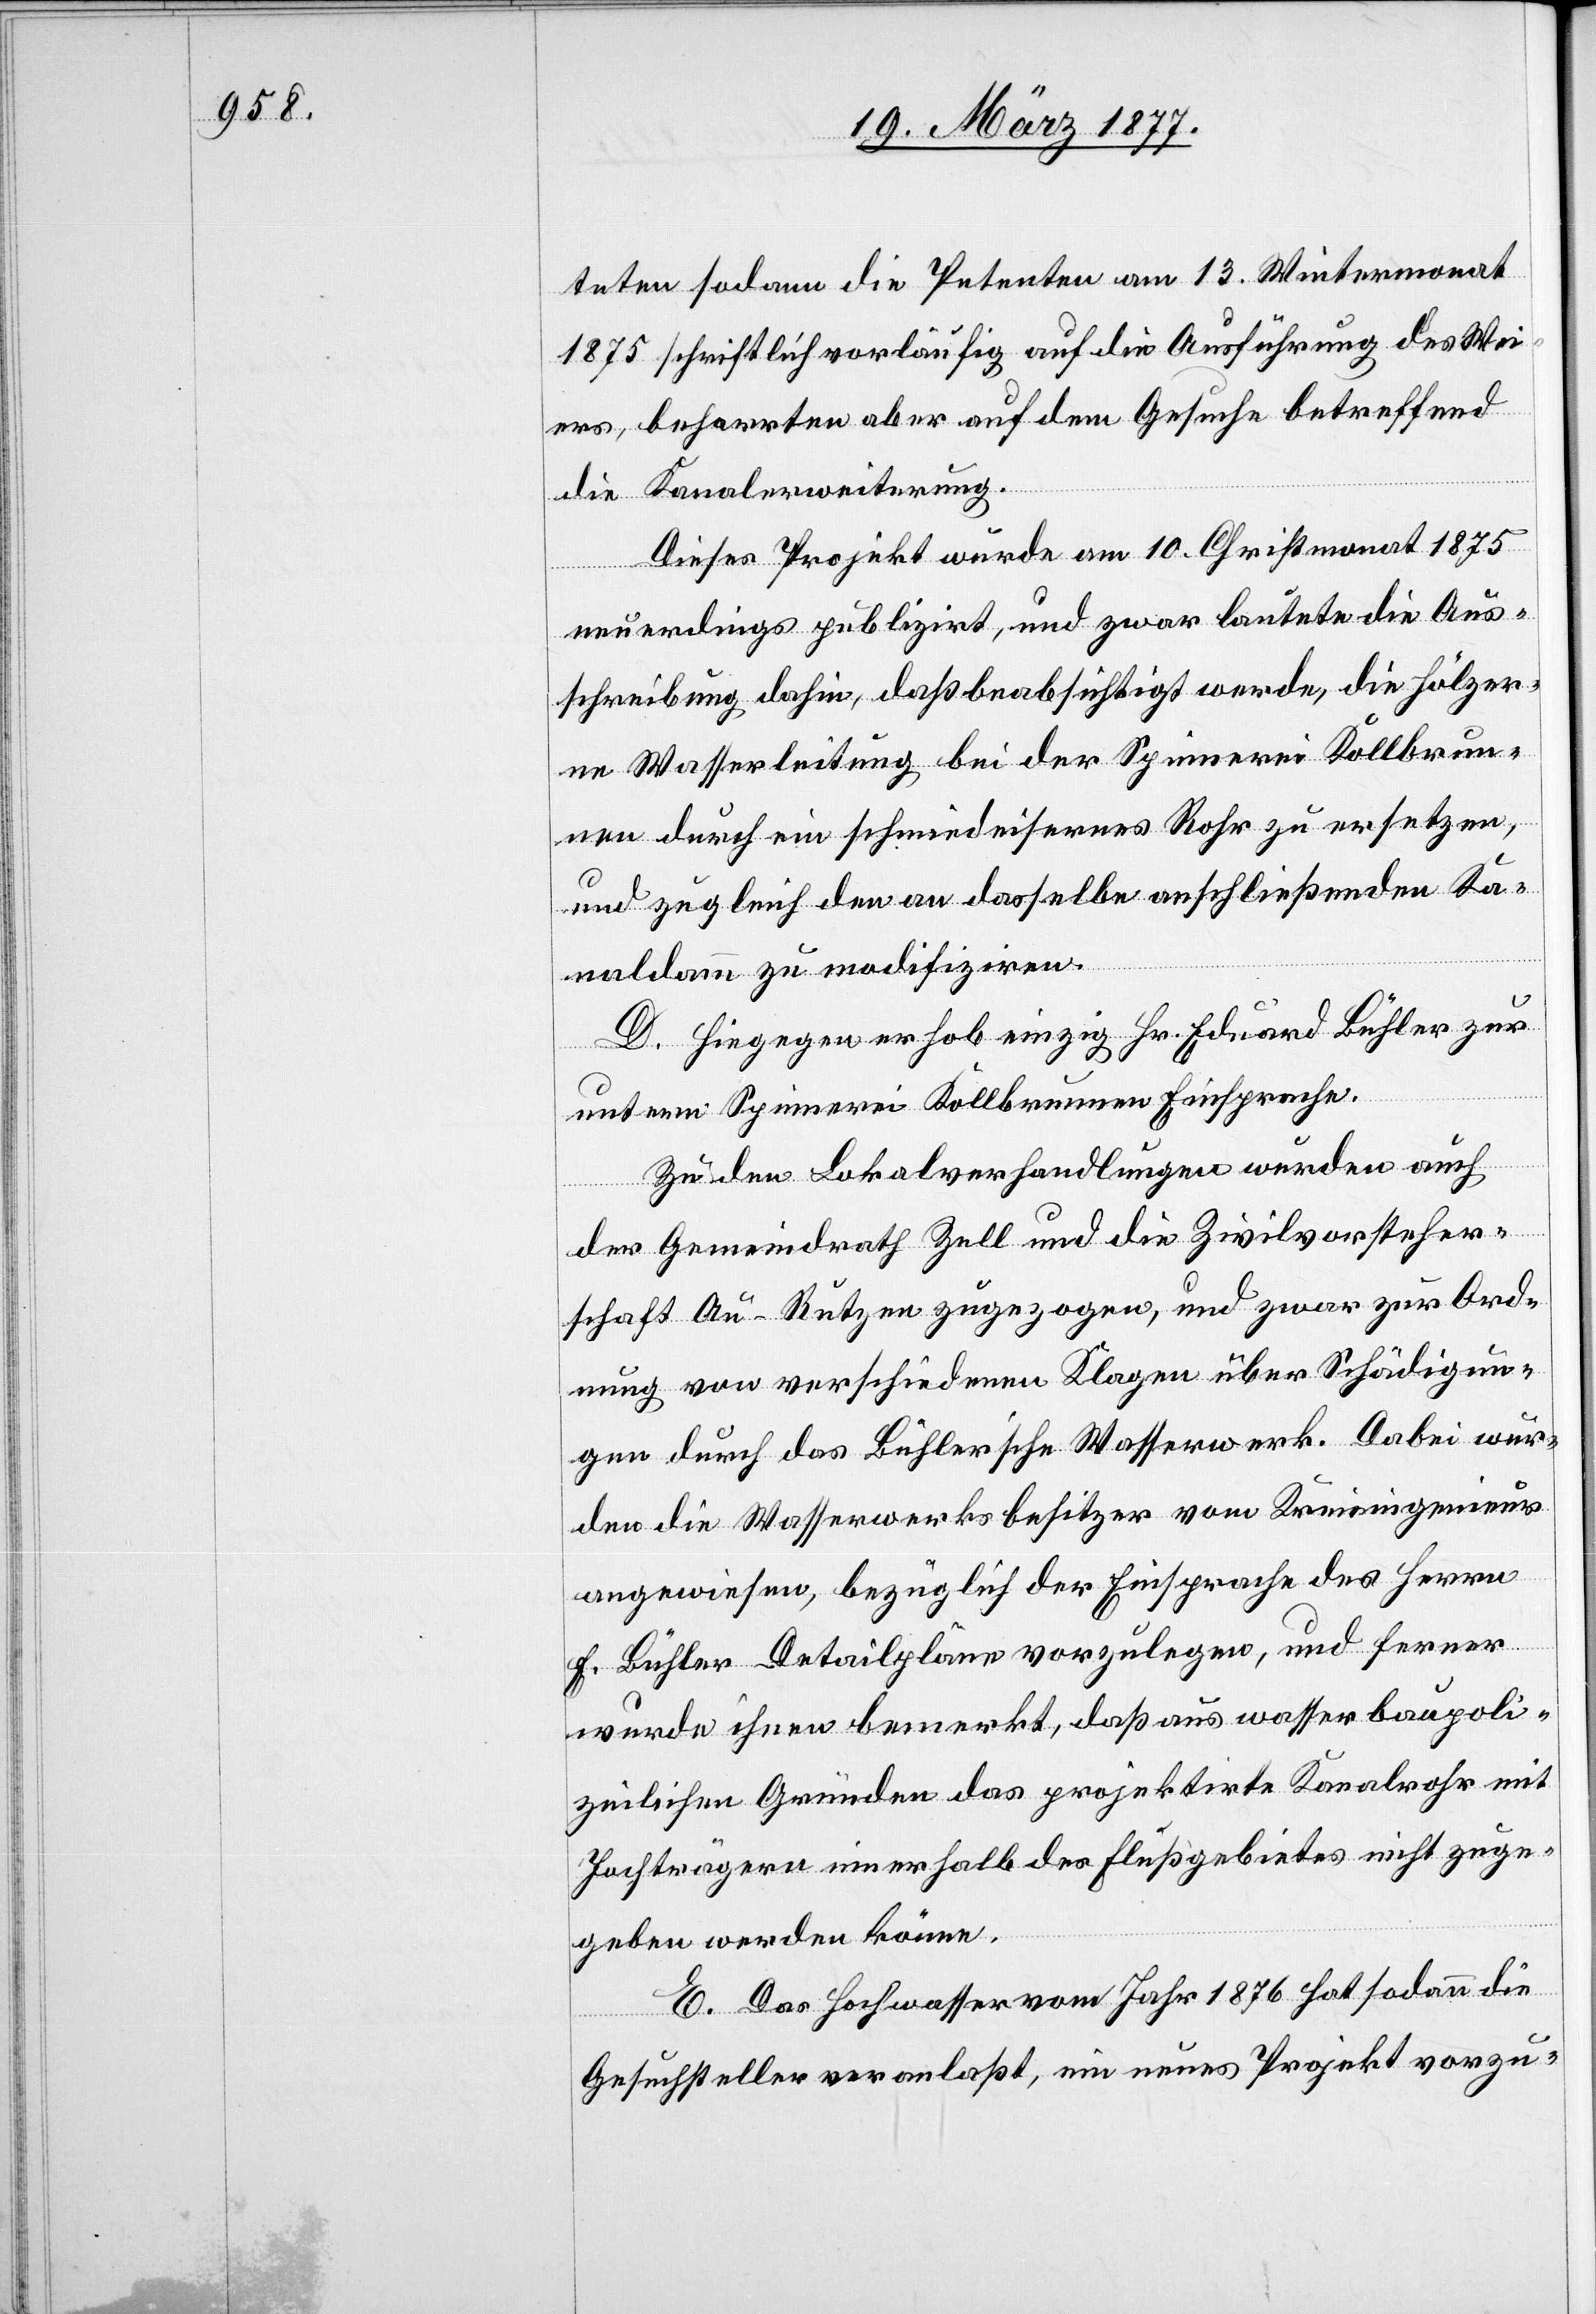
teten sodann die Petenten am 13. Wintermonat
1875 schriftlich vorläufig auf die Ausführung des Wei¬
ers, beharrten aber auf dem Gesuche betreffend
die Kanalerweiterung.
Dieses Projekt wurde am 10. Christmonat 1875
neuerdings publizirt, und zwar lautete die Aus¬
schreibung dahin, daß beabsichtigt werde, die hölzer¬
ne Wasserleitung bei der Spinnerei Kollbrun¬
nen durch ein schmiedeisernes Rohr zu ersetzen,
und zugleich den an dasselbe anschließenden Ka¬
naldamm zu modifiziren.
D. Hiegegen erhob einzig Hr. Eduard Bühler zur
untern Spinnerei Kollbrunnen Einsprache.
Zu den Lokalverhandlungen wurden auch
der Gemeindrath Zell und die Zivilvorsteher¬
schaft Au-Rutzen zugezogen, und zwar zur Ord¬
nung von verschiedenen Klagen über Schädigun¬
gen durch das Bühler’sche Wasserwerk. Dabei wur¬
den die Wasserwerksbesitzer vom Kreisingenieur
angewiesen, bezüglich der Einsprache des Herrn
E. Bühler Detailpläne vorzulegen, und ferner
wurde ihnen bemerkt, daß aus wasserbaupoli¬
zeilichen Gründen das projektirte Kanalrohr mit
Jochträgern innerhalb des Flußgebietes nicht zuge¬
geben werden könne.
E. Das Hochwasser vom Jahr 1876 hat sodann die
Gesuchsteller veranlaßt, ein neues Projekt vorzu-